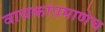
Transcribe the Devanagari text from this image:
वाचकांप्रमाणेच